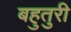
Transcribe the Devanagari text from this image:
बहुतुरी